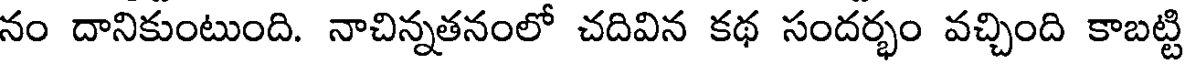
నం దానికుంటుంది. నాచిన్నతనంలో చదివిన కథ సందర్భం వచ్చింది కాబట్టి